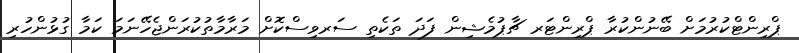
ޕްރިންޓްކުރުމަށް ބޭނުންކުރާ ޕްރިންޓަރ ޗާޕުމެޝިން ފަދަ ތަކެތި ސަރވިސްކޮށް މަރާމާތުކުރަންޖެހޭނަމަ ކަމާ ގުޅުންހުރި